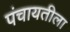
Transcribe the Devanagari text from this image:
पंचायतीला